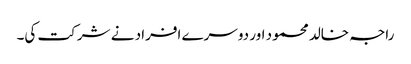
راجہ خالد محمود اور دوسرے افراد نے شرکت کی۔